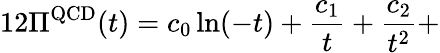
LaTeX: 12\Pi^{\mathrm{QCD}}(t)=c_{0}\ln(-t)+\frac{c_{1}}{t}+\frac{c_{2}}{t^{2}}+